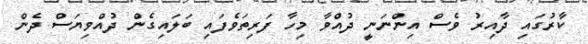
ކާރުގައި ދާއިރު ވެސް އިންނަނީ ދުއްވާ މިހާ ފަރިތަވެފައި ބަލައިގެން ދުއްވިޔަސް ދެން